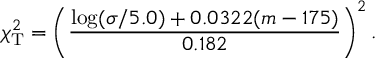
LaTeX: \chi _ { \mathrm { T } } ^ { 2 } = \left( { \frac { \log ( \sigma / 5 . 0 ) + 0 . 0 3 2 2 ( m - 1 7 5 ) } { 0 . 1 8 2 } } \right) ^ { 2 } .